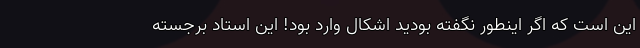
این است که اگر اینطور نگفته بودید اشکال وارد بود! این استاد برجسته